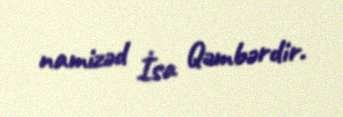
namizəd İsa Qəmbərdir.